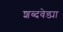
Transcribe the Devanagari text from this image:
शब्दवेड्या